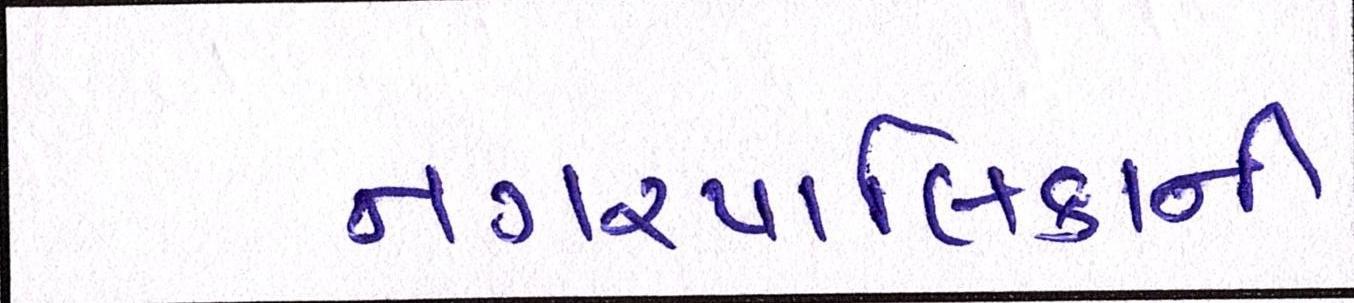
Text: નગરપાલિકાની